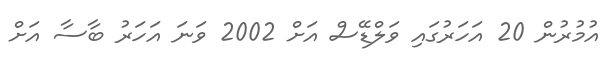
އުމުރުން 20 އަހަރުގައި ވަލްޑޭސް އަށް 2002 ވަނަ އަހަރު ބާސާ އަށް